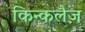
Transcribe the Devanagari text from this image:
किन्कलैज़